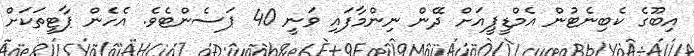
އިބޫގެ ކެބިނެޓުން އެމްޑީޕީއަށް ދޭން ނިންމާފައި ވަނީ 40 ޕަސެންޓެވެ. އެހެން ޕާޓީތަކަށް